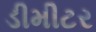
ડીમીટર